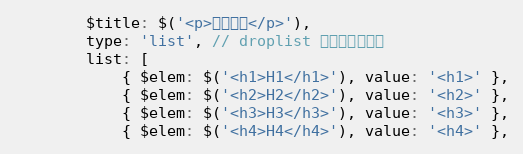
Language: JavaScript
        $title: $('<p>设置标题</p>'),
        type: 'list', // droplist 以列表形式展示
        list: [
            { $elem: $('<h1>H1</h1>'), value: '<h1>' },
            { $elem: $('<h2>H2</h2>'), value: '<h2>' },
            { $elem: $('<h3>H3</h3>'), value: '<h3>' },
            { $elem: $('<h4>H4</h4>'), value: '<h4>' },